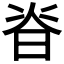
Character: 𭦃